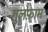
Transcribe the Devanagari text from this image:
ग़ुलफ़ाम